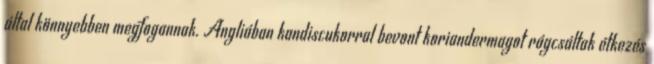
által könnyebben megfogannak. Angliában kandiscukorral bevont koriandermagot rágcsáltak étkezés